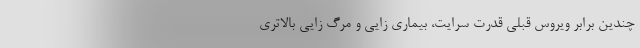
چندین برابر ویروس قبلی قدرت سرایت، بیماری زایی و مرگ زایی بالاتری